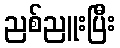
ညစ်ညူးပြီး